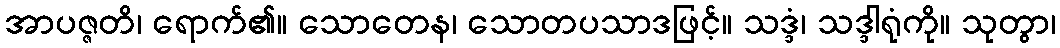
အာပဇ္ဇတိ၊ ရောက်၏။ သောတေန၊ သောတပသာဒဖြင့်။ သဒ္ဒံ၊ သဒ္ဒါရုံကို။ သုတွာ၊